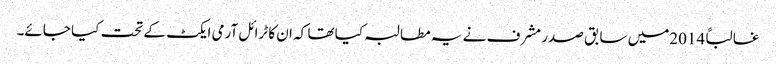
غالباً 2014میں سابق صدر مشرف نے یہ مطالبہ کیا تھا کہ ان کا ٹرائل آرمی ایکٹ کے تحت کیا جائے۔